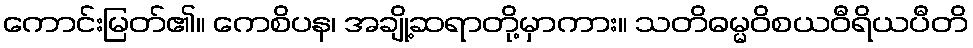
ကောင်းမြတ်၏။ ကေစိပန၊ အချို့ဆရာတို့မှာကား။ သတိဓမ္မဝိစယဝီရိယပီတိ